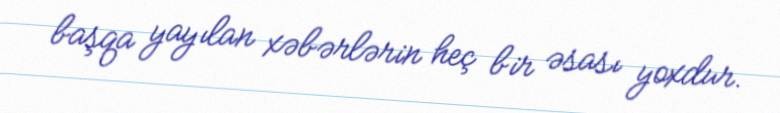
başqa yayılan xəbərlərin heç bir əsası yoxdur.